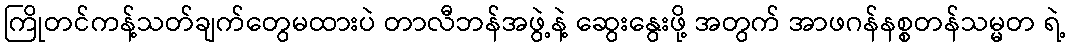
ကြိုတင်ကန့်သတ်ချက်တွေမထားပဲ တာလီဘန်အဖွဲ့နဲ့ ဆွေးနွေးဖို့ အတွက် အာဖဂန်နစ္စတန်သမ္မတ ရဲ့